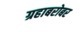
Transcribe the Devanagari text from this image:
ग्रहाबरोबर